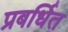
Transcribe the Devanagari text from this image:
प्रबर्धित